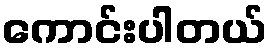
ကောင်းပါတယ်